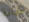
ديانة